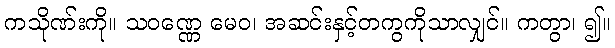
ကသိုဏ်းကို။ သဝဏ္ဏေ မေဝ၊ အဆင်းနှင့်တကွကိုသာလျှင်။ ကတွာ၊ ၍။